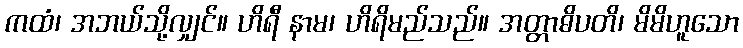
ကထံ၊ အဘယ်သို့လျှင်။ ဟိရီ နာမ၊ ဟိရိမည်သည်။ အတ္တာဓိပတိ၊ မိမိဟူသော